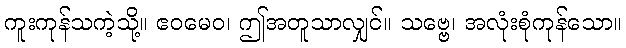
ကူးကုန်သကဲ့သို့။ ဧဝမေဝ၊ ဤအတူသာလျှင်။ သဗ္ဗေ၊ အလုံးစုံကုန်သော။